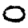
Digit: 0